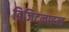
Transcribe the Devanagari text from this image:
डिजिटलाइज्ड